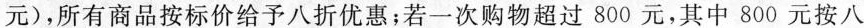
元)，所有商品按标价给予八折优惠；若一次购物超过800元，其中800元按八